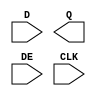
module sky130_fd_sc_hd__edfxtp (
    //# {{data|Data Signals}}
    input  D  ,
    output Q  ,

    //# {{control|Control Signals}}
    input  DE ,

    //# {{clocks|Clocking}}
    input  CLK
);

    // Voltage supply signals
    supply1 VPWR;
    supply0 VGND;
    supply1 VPB ;
    supply0 VNB ;

endmodule